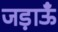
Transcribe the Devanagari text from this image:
जड़ाऊँ